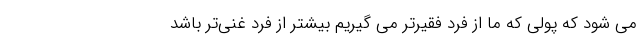
می شود که پولی که ما از فرد فقیرتر می گیریم بیشتر از فرد غنی‌تر باشد